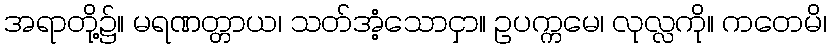
အရာတို့၌။ မရဏတ္တာယ၊ သတ်အံ့သောငှာ။ ဥပက္ကမေ၊ လုလ္လကို။ ကတေမိ၊